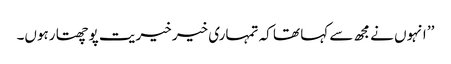
’’ انہوں نے مجھ سے کہا تھا کہ تمہاری خیر خیریت پوچھتا رہوں۔